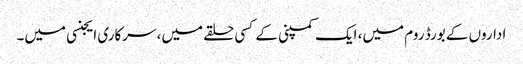
اداروں کے بورڈ روم میں، ایک کمپنی کے کسی حلقے میں، سرکاری ایجنسی میں۔